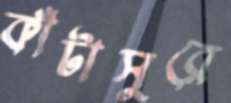
কাঁটাসুরে